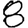
Digit: 8